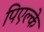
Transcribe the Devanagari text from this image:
पिएल्के